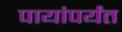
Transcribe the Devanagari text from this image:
पायांपर्यंत